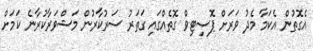
އެގޮތުން އެކަމާ މެދު ވަރަށް ޕޮސިޓިވް ގޮތެއްގައި ގަތަރު ސަރުކާރުން މަޝްވަރާކުރާނެ ކަމަށް